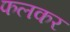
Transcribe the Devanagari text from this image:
फलकर